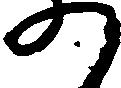
の